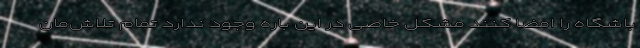
باشگاه را امضا کنند مشکل خاصی در این باره وجود ندارد تمام تلاش‌مان